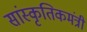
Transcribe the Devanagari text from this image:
सांस्कृतिकमंत्री